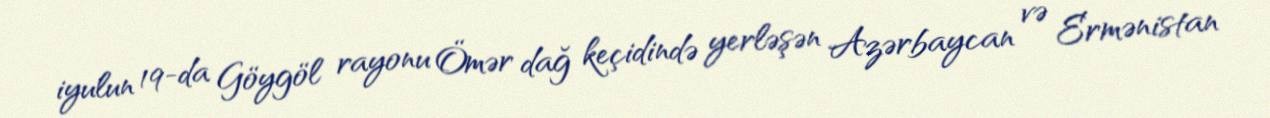
iyulun 19-da Göygöl rayonu Ömər dağ keçidində yerləşən Azərbaycan və Ermənistan